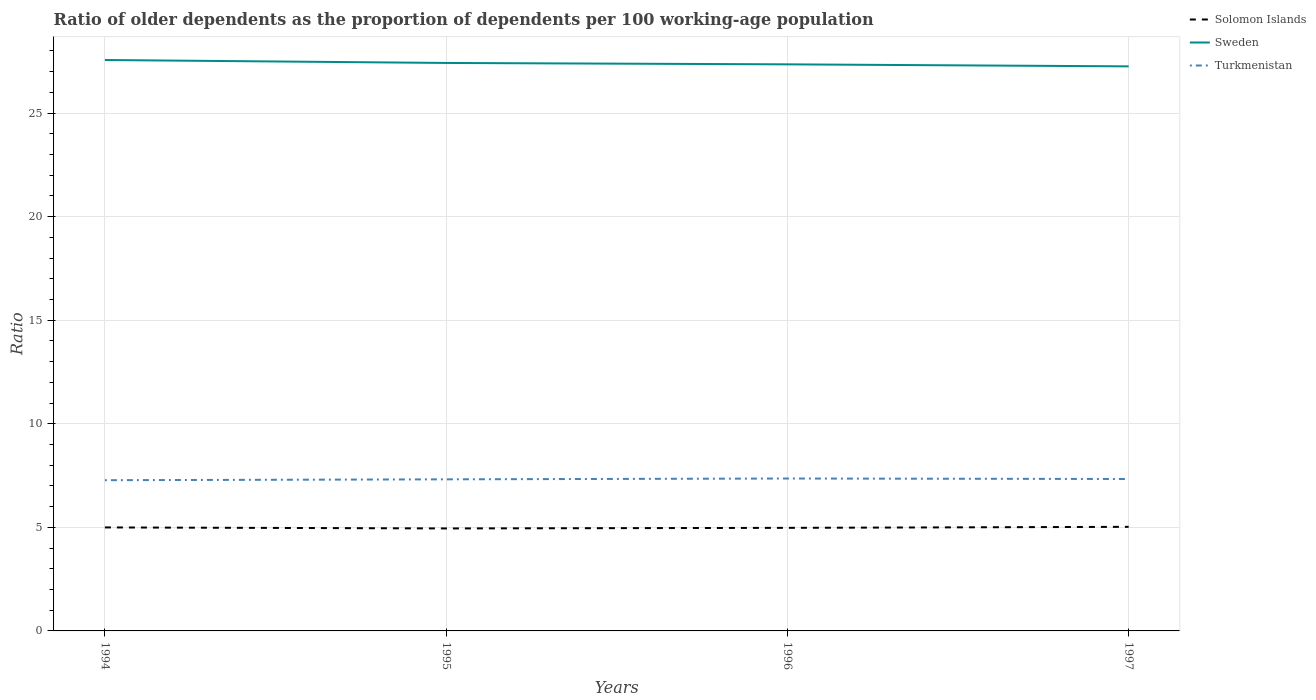
| Years | Solomon Islands | Sweden | Turkmenistan |
 | --- | --- | --- | --- |
 | 1994 | 5 | 27.6 | 7.28 |
 | 1995 | 4.95 | 27.4 | 7.32 |
 | 1996 | 4.98 | 27.4 | 7.36 |
 | 1997 | 5.03 | 27.3 | 7.33 |